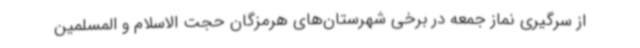
از سرگیری نماز جمعه در برخی شهرستان‌های هرمزگان حجت الاسلام و المسلمین